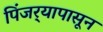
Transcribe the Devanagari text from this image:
पिंजर्‍यापासून